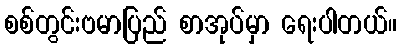
စစ်တွင်းဗမာပြည် စာအုပ်မှာ ရေးပါတယ်။